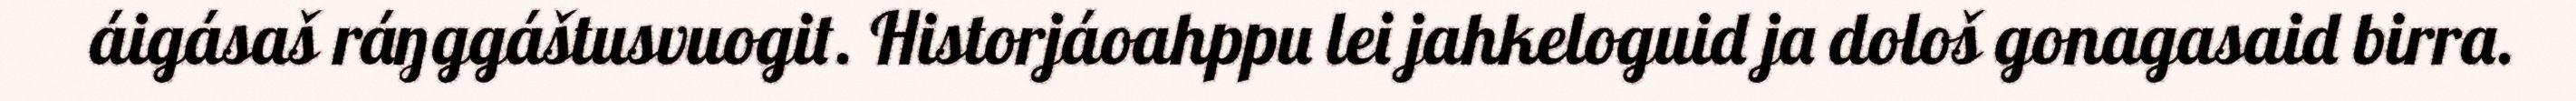
áigásaš ráŋggáštusvuogit. Historjáoahppu lei jahkeloguid ja dološ gonagasaid birra.